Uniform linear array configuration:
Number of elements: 4
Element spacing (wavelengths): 0.5
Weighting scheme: blackman
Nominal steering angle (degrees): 30
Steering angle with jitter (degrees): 28.194
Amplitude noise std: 0.05
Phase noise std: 0.05

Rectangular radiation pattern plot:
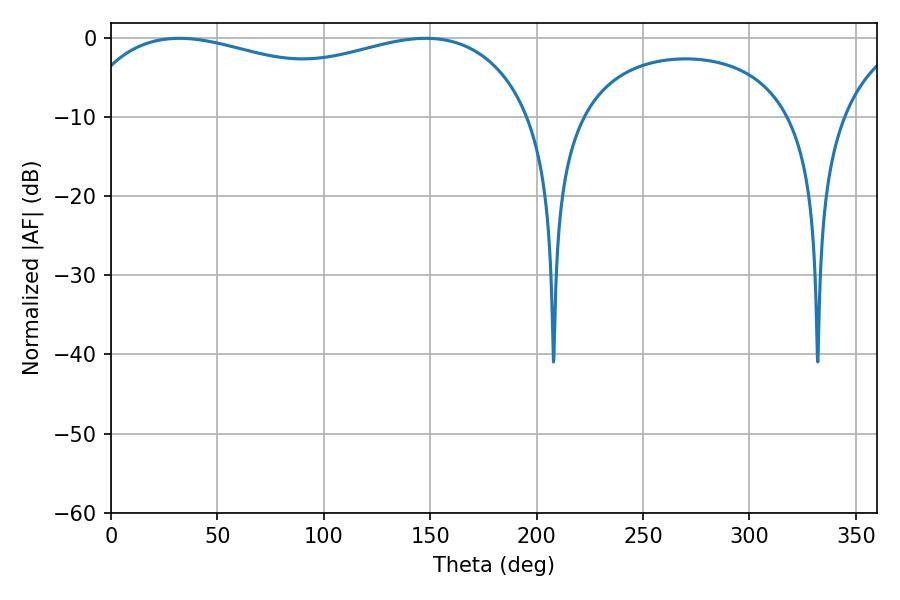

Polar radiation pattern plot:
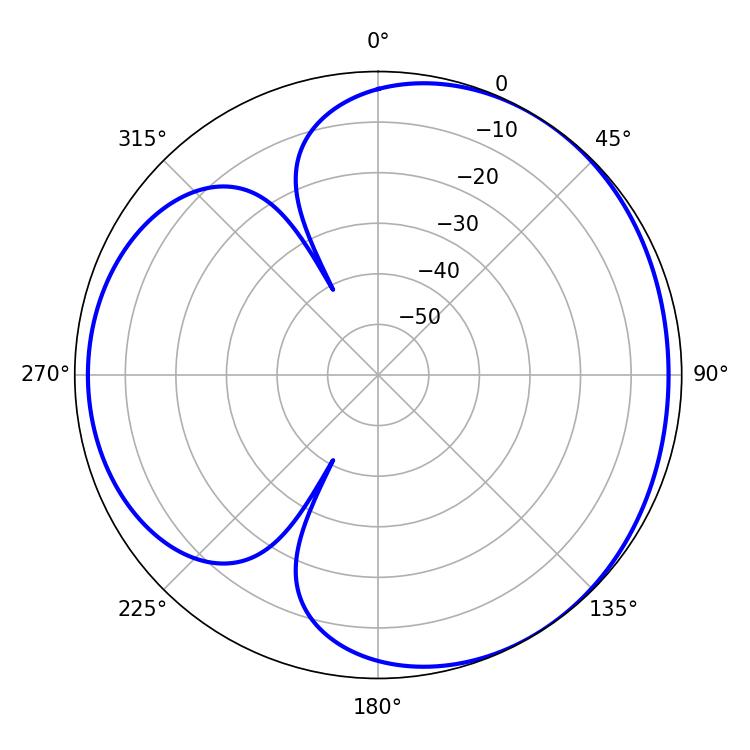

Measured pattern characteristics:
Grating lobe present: FALSE
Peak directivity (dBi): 3.518
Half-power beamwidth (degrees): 176.4
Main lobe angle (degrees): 32.04